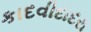
કાદવીદાદરા